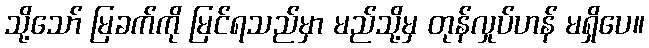
သို့သော် မြခက်ကို မြင်ရသည်မှာ မည်သို့မှ တုန်လှုပ်ဟန် မရှိပေ။